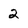
Character: 2